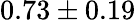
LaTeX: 0.73\pm 0.19